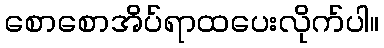
စောစောအိပ်ရာထပေးလိုက်ပါ။